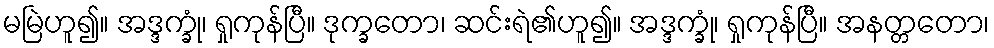
မမြဲဟူ၍။ အဒ္ဒက္ခုံ၊ ရှုကုန်ပြီ။ ဒုက္ခတော၊ ဆင်းရဲ၏ဟူ၍။ အဒ္ဒက္ခုံ၊ ရှုကုန်ပြီ။ အနတ္တတော၊